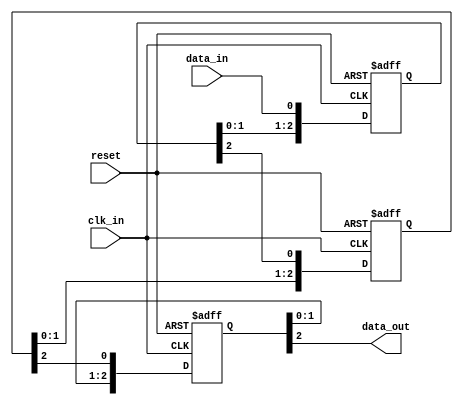
module cascade_synchronizer (
    input wire clk_in,
    input wire reset,
    input wire data_in,
    output reg data_out
);

reg [2:0] stage1, stage2, stage3;

always @(posedge clk_in or posedge reset) begin
    if (reset) begin
        stage1 <= 3'b0;
        stage2 <= 3'b0;
        stage3 <= 3'b0;
    end else begin
        stage1 <= {stage1[1:0], data_in};
        stage2 <= {stage2[1:0], stage1[2]};
        stage3 <= {stage3[1:0], stage2[2]};
    end
end

assign data_out = stage3[2];

endmodule